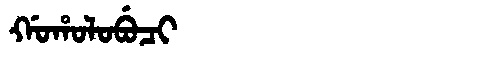
Manchu: ᡤᠣᡥᠣᠯᠣᠪᡠᠴᡳ
Romanization: GOHOLOBUCI